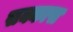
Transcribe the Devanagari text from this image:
सक्कास